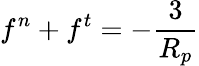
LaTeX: f^{n}+f^{t}=-\frac{3}{R_{p}}